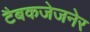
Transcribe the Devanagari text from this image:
टैबकजेजनेर